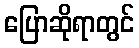
ပြောဆိုရာတွင်